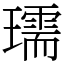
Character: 瓀